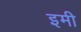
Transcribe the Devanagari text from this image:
इमी